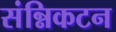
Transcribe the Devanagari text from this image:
संन्निकटन